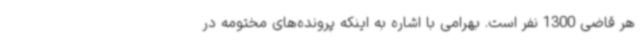
هر قاضی 1300 نفر است. بهرامی با اشاره به اینکه پرونده‌های مختومه در